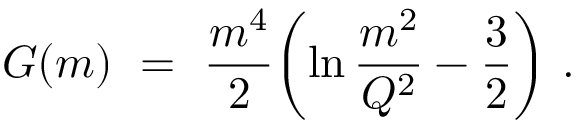
G ( m ) \ = \ { \frac { m ^ { 4 } } { 2 } } \biggl ( \ln { \frac { m ^ { 2 } } { Q ^ { 2 } } } - { \frac { 3 } { 2 } } \biggr ) \ .